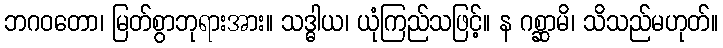
ဘဂဝတော၊ မြတ်စွာဘုရားအား။ သဒ္ဓါယ၊ ယုံကြည်သဖြင့်။ န ဂစ္ဆာမိ၊ သိသည်မဟုတ်။